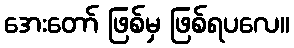
အေးတော် ဖြစ်မှ ဖြစ်ရပလေ။